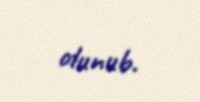
olunub.